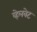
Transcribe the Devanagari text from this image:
व्हेलवेट